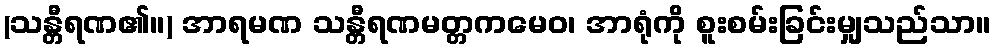
(သန္တီရဏ၏။) အာရမဏ သန္တီရဏမတ္တကမေဝ၊ အာရုံကို စူးစမ်းခြင်းမျှသည်သာ။